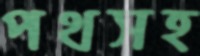
পথসহ